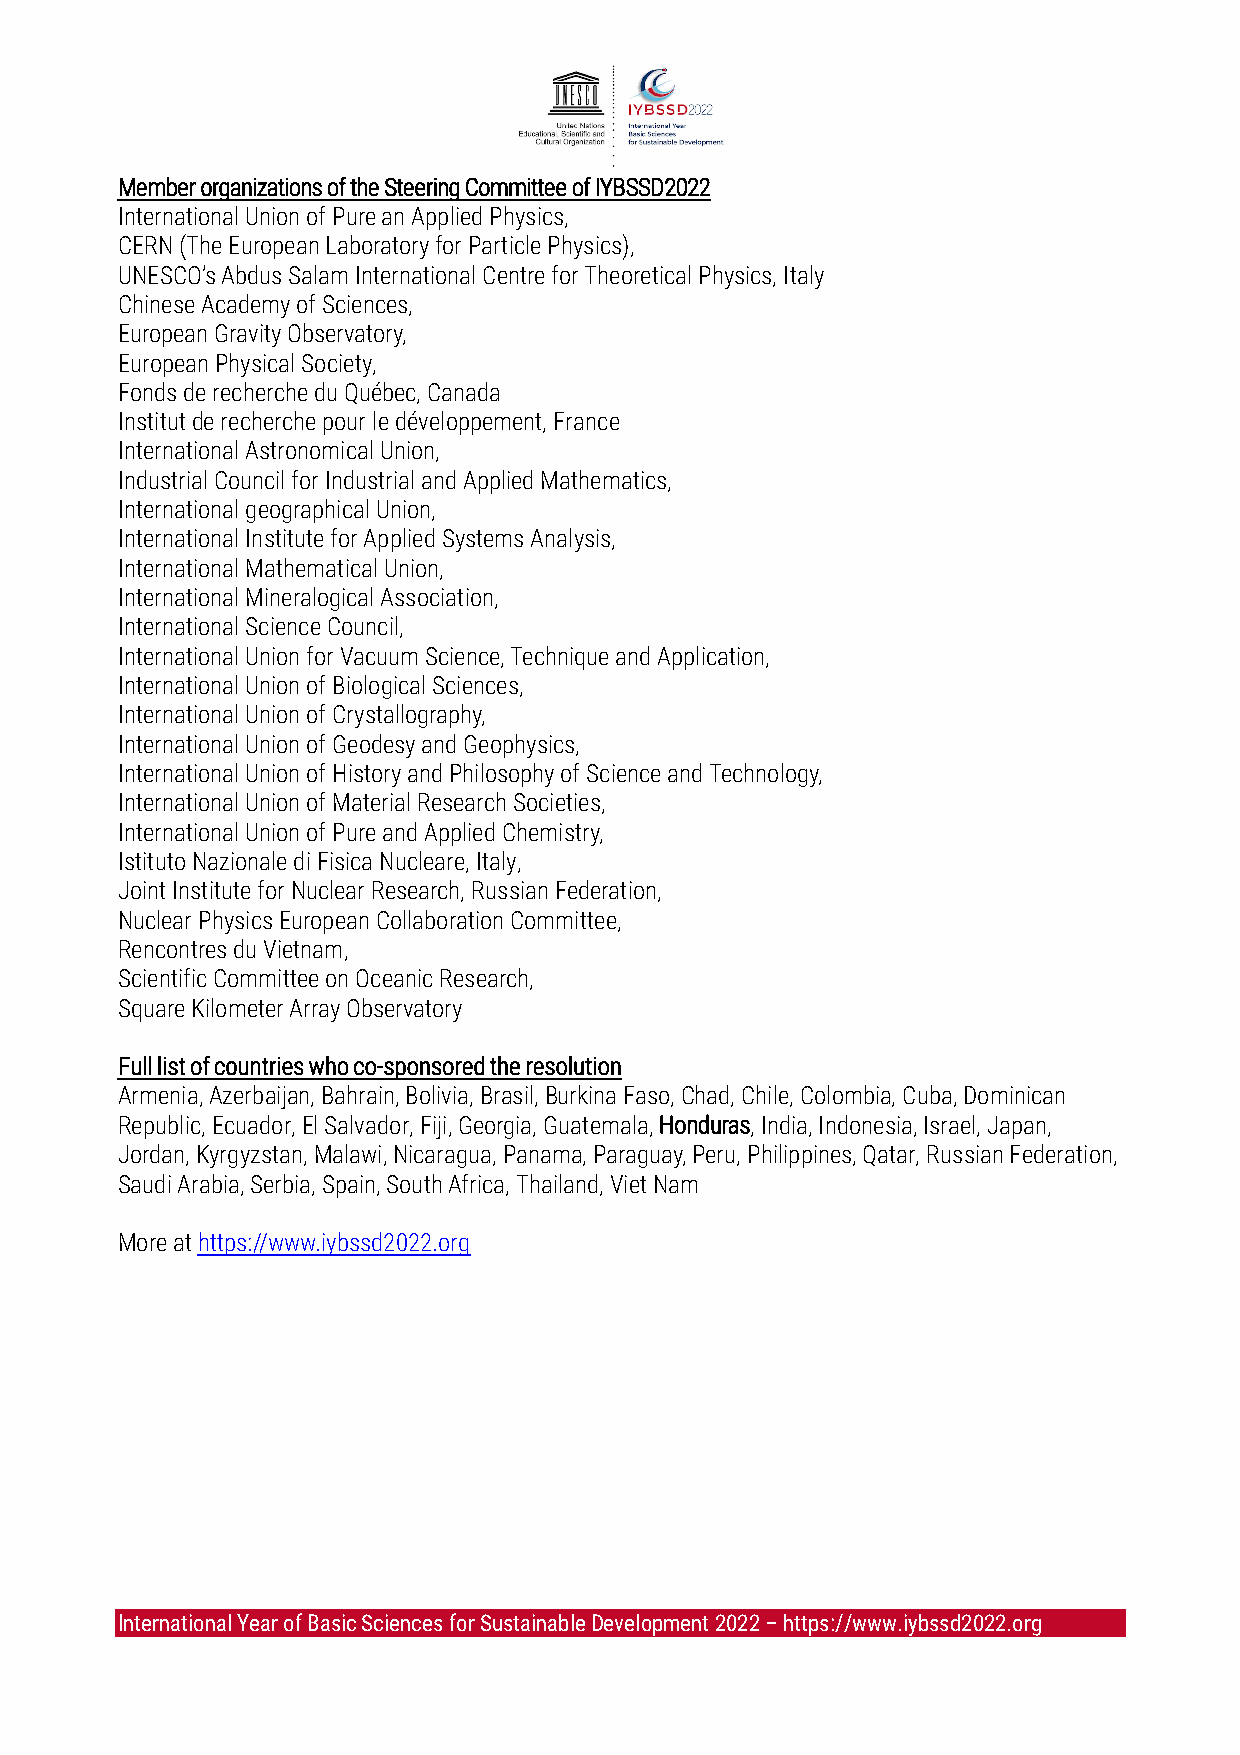
Member organizations of the Steering Committee of IYBSSD2022
 International Union of Pure an Applied Physics,
 CERN (The European Laboratory for Particle Physics),
 UNESCO’s Abdus Salam International Centre for Theoretical Physics, Italy
 Chinese Academy of Sciences,
 European Gravity Observatory,
 European Physical Society,
 Fonds de recherche du Québec, Canada
 Institut de recherche pour le développement, France
 International Astronomical Union,
 Industrial Council for Industrial and Applied Mathematics,
 International geographical Union,
 International Institute for Applied Systems Analysis,
 International Mathematical Union,
 International Mineralogical Association,
 International Science Council,
 International Union for Vacuum Science, Technique and Application,
 International Union of Biological Sciences,
 International Union of Crystallography,
 International Union of Geodesy and Geophysics,
 International Union of History and Philosophy of Science and Technology,
 International Union of Material Research Societies,
 International Union of Pure and Applied Chemistry,
 Istituto Nazionale di Fisica Nucleare, Italy,
 Joint Institute for Nuclear Research, Russian Federation,
 Nuclear Physics European Collaboration Committee,
 Rencontres du Vietnam,
 Scientific Committee on Oceanic Research,
 Square Kilometer Array Observatory
 Full list of countries who co-sponsored the resolution
 Armenia, Azerbaijan, Bahrain, Bolivia, Brasil, Burkina Faso, Chad, Chile, Colombia, Cuba, Dominican
 Republic, Ecuador, El Salvador, Fiji, Georgia, Guatemala, Honduras, India, Indonesia, Israel, Japan,
 Jordan, Kyrgyzstan, Malawi, Nicaragua, Panama, Paraguay, Peru, Philippines, Qatar, Russian Federation,
 Saudi Arabia, Serbia, Spain, South Africa, Thailand, Viet Nam
 More at https://www.iybssd2022.org
 International Year of Basic Sciences for Sustainable Development 2022 – https://www.iybssd2022.org